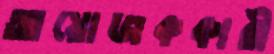
আয়োজককারী